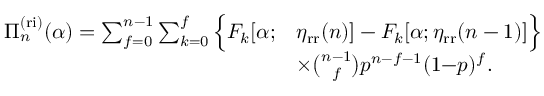
\begin{array} { r l } { \Pi _ { n } ^ { \mathrm { ( r i ) } } ( \alpha ) = \sum _ { f = 0 } ^ { n - 1 } \sum _ { k = 0 } ^ { f } \Big \{ F _ { k } [ \alpha ; } & { \eta _ { \mathrm { r r } } ( n ) ] - F _ { k } [ \alpha ; \eta _ { \mathrm { r r } } ( n - 1 ) ] \Big \} } \\ & { \times \binom { n - 1 } { f } p ^ { n - f - 1 } ( 1 { - } p ) ^ { f } . } \end{array}